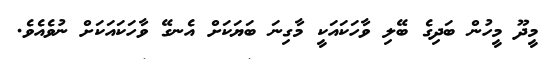
މީދޫ މީހުން ބަދިގެ ބޭލި ވާހަކައަކީ މާގިނަ ބަޔަކަށް އެނގޭ ވާހަކައަކަށް ނުވެއެވެ.